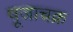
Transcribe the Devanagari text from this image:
पूजाचक्र